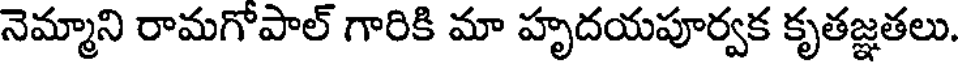
నెమ్మాని రామగోపాల్ గారికి మా హృదయపూర్వక కృతజ్ఞతలు.